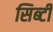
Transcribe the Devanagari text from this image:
सिब्‍टी